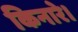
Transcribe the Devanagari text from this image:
किनारे।